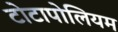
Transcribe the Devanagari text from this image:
टोटापोलियम